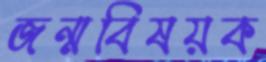
জন্মবিষয়ক